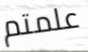
علمتم